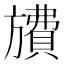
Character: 𪰂